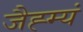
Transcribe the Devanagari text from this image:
जैह्म्यं